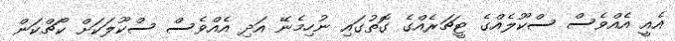
އެއީ އެއްވެސް ސްކޫލެއްގެ ޓީޗަރެއްގެ ގޮތުގައި ނުހިމެނޭ އަދި އެއްވެސް ސްކޫލަކަށް ކޯޗްކަން